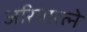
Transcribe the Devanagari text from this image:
अरियारत्ने